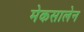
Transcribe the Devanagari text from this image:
मेकसालेन